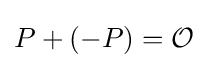
{\begin{aligned}P+(-P)={\mathcal {O}}\end{aligned}}